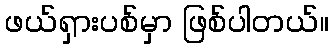
ဖယ်ရှားပစ်မှာ ဖြစ်ပါတယ်။